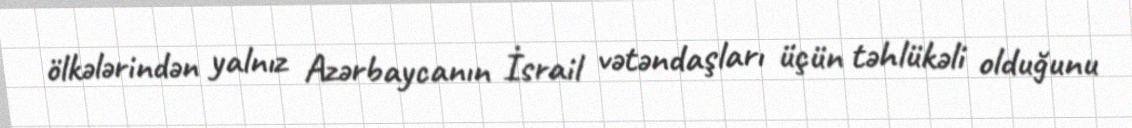
ölkələrindən yalnız Azərbaycanın İsrail vətəndaşları üçün təhlükəli olduğunu